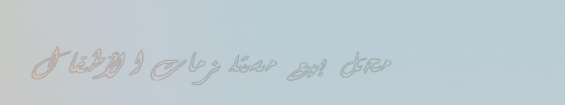
محل بيع مستلزمات الأطفال